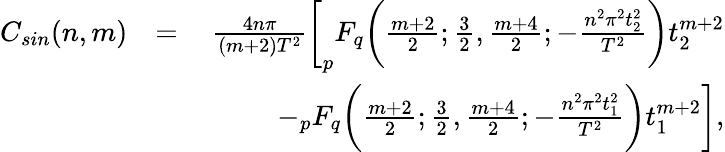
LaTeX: \begin{array}{rlr}{C_{sin}(n,m)}&{=}&{\frac{4n\pi}{(m+2)T^{2}}\bigg[_{p}F_{q}\bigg(\frac{m+2}{2};\frac{3}{2},\frac{m+4}{2};-\frac{n^{2}\pi^{2}t_{2}^{2}}{T^{2}}\bigg)t_{2}^{m+2}}\\ &{\quad}&{-_{p}F_{q}\bigg(\frac{m+2}{2};\frac{3}{2},\frac{m+4}{2};-\frac{n^{2}\pi^{2}t_{1}^{2}}{T^{2}}\bigg)t_{1}^{m+2}\bigg],}\end{array}